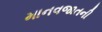
માનવજાતની